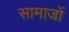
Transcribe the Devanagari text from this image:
सामाजों